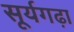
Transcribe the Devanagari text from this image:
सूर्यगढ़ा